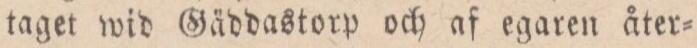
taget wid Gäddastorp och af egaren åter=